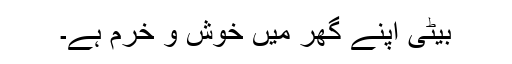
بیٹی اپنے گھر میں خوش و خرم ہے۔